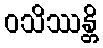
ဝသိဿန္တိ